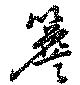
簷